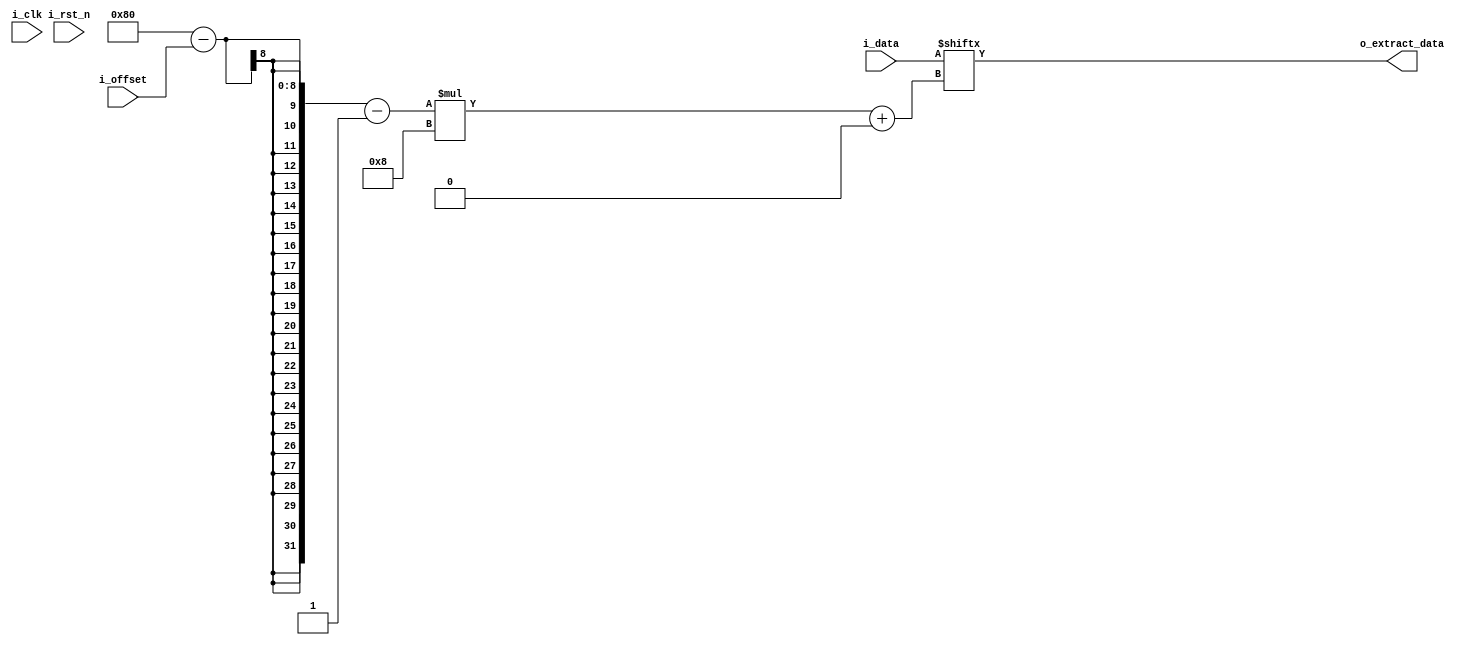
/****************************************************/
//  Module name: Extract_Field
//  Authority @ lijunnan (lijunnan@nudt.edu.cn)
//  Last edited time: 2024/01/02
//  Function outline: 3-stage programmable parser
/****************************************************/

module Extract_Field #(
  parameter   PHV_WIDTH             = 1024,
  parameter   EXTRACT_WIDTH         = 8,
  parameter   OFFSET_WIDTH          = $clog2(PHV_WIDTH/EXTRACT_WIDTH),
  parameter   EXTRACT_NO_DELAHY     = 1
)(
  input   wire                      i_clk,
  input   wire                      i_rst_n,
  input   wire  [PHV_WIDTH-1:0]     i_data,
  output  wire  [EXTRACT_WIDTH-1:0] o_extract_data,
  input   wire  [OFFSET_WIDTH-1:0]  i_offset
);

  //====================================================================//
  //*   internal reg/wire/param declarations
  //====================================================================//
  wire  [EXTRACT_WIDTH-1:0]         w_extract_data;
  reg   [EXTRACT_WIDTH-1:0]         r_extract_data;
  //>>>>>>>>>>>>>>>>>>>>>>>>>>>>>>>>>>>>>>>>>>>>>>>>>>>>>>>>>>>>>>>>>>>>//

  //====================================================================//
  //*   extract fields
  //====================================================================//
  assign w_extract_data = i_data[(PHV_WIDTH/EXTRACT_WIDTH-i_offset-1)*EXTRACT_WIDTH+:EXTRACT_WIDTH];
  assign o_extract_data = (EXTRACT_NO_DELAHY)? w_extract_data: r_extract_data;

  always @(posedge i_clk or negedge i_rst_n) begin
    if(~i_rst_n) begin
      r_extract_data  <= {EXTRACT_WIDTH{1'b0}};
    end else begin
      r_extract_data  <= w_extract_data;
    end
  end
  //>>>>>>>>>>>>>>>>>>>>>>>>>>>>>>>>>>>>>>>>>>>>>>>>>>>>>>>>>>>>>>>>>>>>//
  
endmodule